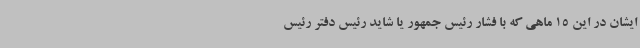
ایشان در این 15 ماهی که با فشار رئیس جمهور یا شاید رئیس دفتر رئیس